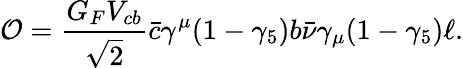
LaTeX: {\cal O}=\frac{G_{F}V_{cb}}{\sqrt{2}}\bar{c}\gamma^{\mu}(1-\gamma_{5})b\bar{\nu}\gamma_{\mu}(1-\gamma_{5})\ell.